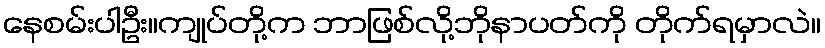
နေစမ်းပါဦး။ကျုပ်တို့က ဘာဖြစ်လို့ဘိုနာပတ်ကို တိုက်ရမှာလဲ။